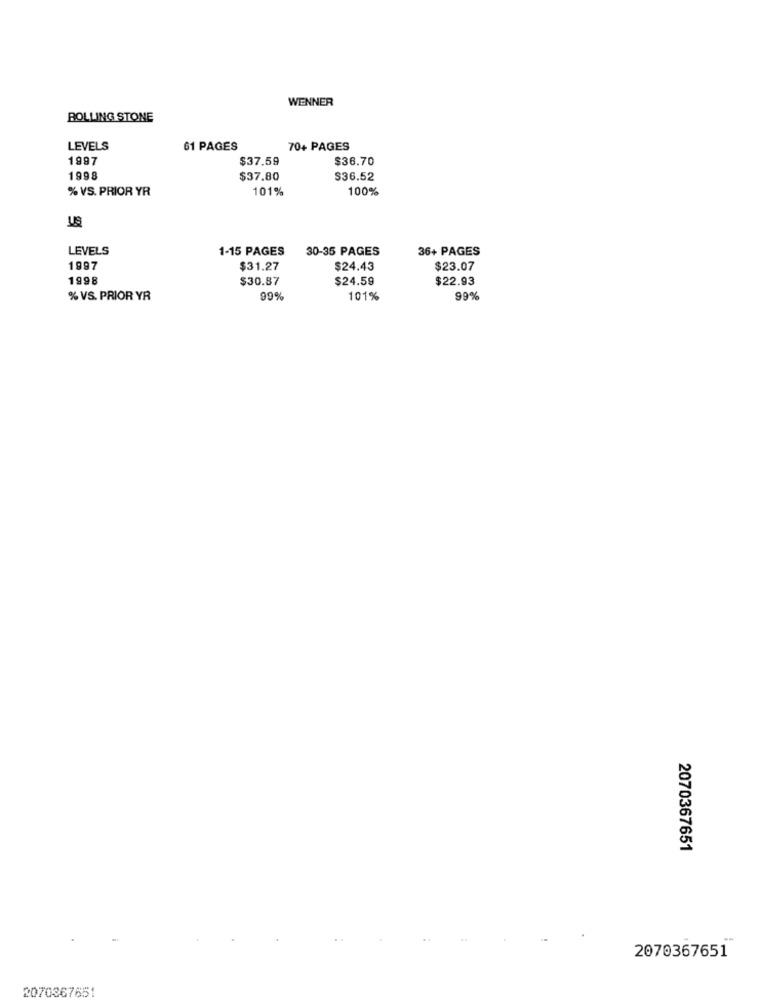
WENNER
ROLLING STONE
LEVELS
61 PAGES
70+ PAGES
1997
$37.59
$36.70
1998
$37.80
$36.52
% VS. PRIOR YR
101%
100%
LEVELS
1-15 PAGES
30-35 PAGES
36+ PAGES
1997
$31.27
$24.43
$23.07
1998
$30.87
$24.59
$22.93
% VS. PRIOR YR
99%
101%
99%
2070367651
2070367651
2070367651